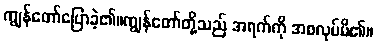
ကျွန်တော်ပြောခဲ့၏။ကျွန်တော်တို့သည် အရက်ကို အစလုပ်မိ၏။